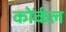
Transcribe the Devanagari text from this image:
कोर्कल